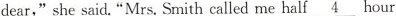
dear,"she said. "Mrs. Smith called me half 4hour